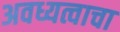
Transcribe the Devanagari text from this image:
अवध्यत्वाचा